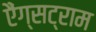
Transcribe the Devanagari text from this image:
एैंग्सट्राम